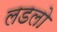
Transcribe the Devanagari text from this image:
लडलो